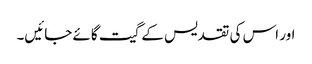
اور اس کی تقدیس کے گیت گائے جائیں۔